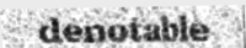
denotable